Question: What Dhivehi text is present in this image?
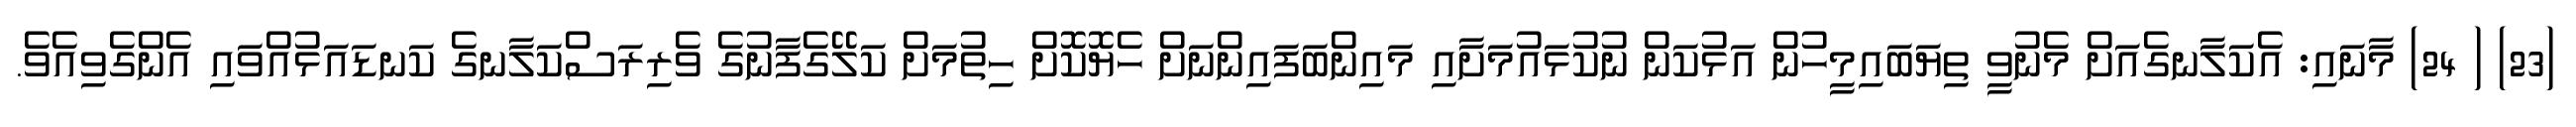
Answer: (23) ( 24) މާނައި: އެކަލާނގެއަށް މެނުވީ ތިޔަބައިމީހުން އަޅުކަން ނުކުޅައުމަށާއި މައިންބަފައިންނަށް ހެޔޮކޮށް ހިތުމަށް ކަލޭގެފާނުގެ ވެރިރަސްކަލާނގެ ކަނޑައަޅުއްވައި އެންގެވިއެވެ.